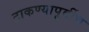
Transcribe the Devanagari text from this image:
टाकण्यापूर्वीच